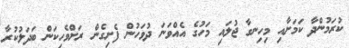
ކުރަމުންދާ ކަމަށާއި މިހިނގާ ޖުލައި މަހުގެ އެއްވަނަ ދުވަހުން ފެށިގެން ރަށްވެހިކަން ބަދަލުކުރާ